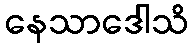
နေသာဒေါသိ